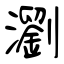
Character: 瀏